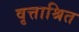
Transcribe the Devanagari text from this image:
वृत्ताश्रित